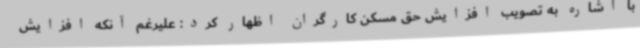
با اشاره به تصویب افزایش حق مسکن کارگران اظهار کرد: علیرغم آنکه افزایش